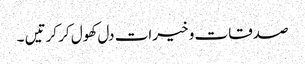
صدقات و خیرات دل کھول کر کرتیں ۔